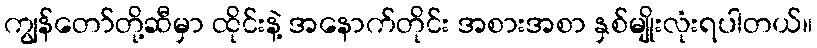
ကျွန်တော်တို့ဆီမှာ ထိုင်းနဲ့ အနောက်တိုင်း အစားအစာ နှစ်မျိုးလုံးရပါတယ်။